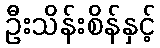
ဦးသိန်းစိန်နှင့်